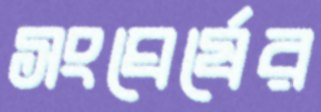
সংঘের্ষের